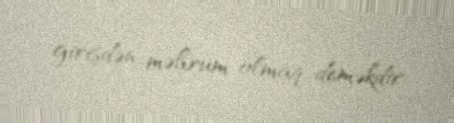
girişdən məhrum olmaq deməkdir.